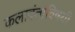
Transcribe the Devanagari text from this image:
कलावंतांविषयी